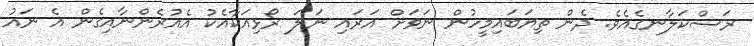
ރަސްކަލާނގެއެވެ. ދެން ތިޔަަބައިމީހުން ނަވަށް އަރައި ނަލަ ރޯޅިއަކާއެކު އެއުރެންނާއިގެން އެ ނައު